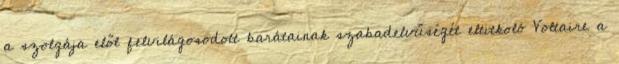
a szolgája elől felvilágosodott barátainak szabadelvűségét eltitkoló Voltaire a